Vaccine operations Central Provinces 1868-1885 - 1868-1885
Year: 1868
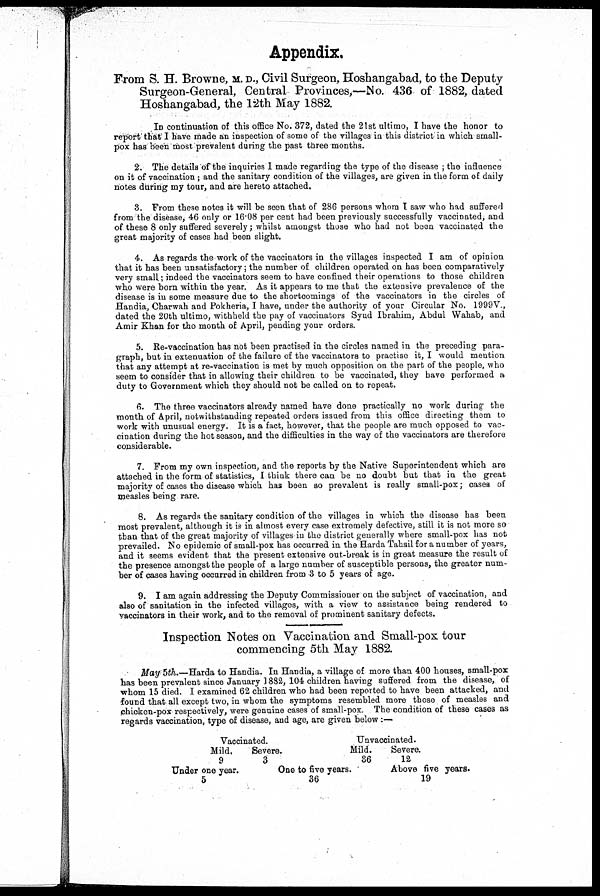
Appendix.
From S. H. Browne, M. D., Civil Surgeon, Hoshangabad, to the Deputy
Surgeon-General, Central Provinces,—No. 436 of 1882, dated
Hoshangabad, the 12th May 1882.
IN continuation of this office No. 372, dated the 21st ultimo, I have the honor to
report that I have made an inspection of some of the villages in this district in which small-
pox has been most prevalent during the past three months.
2. The details of the inquiries I made regarding the type of the disease ; the influence
on it of vaccination ; and the sanitary condition of the villages, are given in the form of daily
notes during my tour, and are hereto attached.
3. From these notes it will be seen that of 286 persons whom I saw who had suffered
from the disease, 46 only or 16.08 per cent had been previously successfully vaccinated, and
of these 8 only suffered severely; whilst amongst those who had not been vaccinated the
great majority of cases had been slight.
4. As regards the work of the vaccinators in the villages inspected I am of opinion
that it has been unsatisfactory; the number of children operated on has been comparatively
very small; indeed the vaccinators seem to have confined their operations to those children
who were born within the year. As it appears to me that the extensive prevalence of the
disease is in some measure due to the shortcomings of the vaccinators in the circles of
Handia, Charwah and Pokheria, I have, under the authority of your Circular No. 1999V.,
dated the 20th ultimo, withheld the pay of vaccinators Syud Ibrahim, Abdul Wahab, and
Amir Khan for the month of April, pending your orders.
5. Re-vaccination has not been practised in the circles named in the preceding para-
graph, but in extenuation of the failure of the vaccinators to practise it, I would mention
that any attempt at re-vaccination is met by much opposition on the part of the people, who
seem to consider that in allowing their children to be vaccinated, they have performed a
duty to Government which they should not be called on to repeat.
6. The three vaccinators already named have done practically no work during the
month of April, notwithstanding repeated orders issued from this office directing them to
work with unusual energy. It is a fact, however, that the people are much opposed to vac-
cination during the hot season, and the difficulties in the way of the vaccinators are therefore
considerable.
7. From my own inspection, and the reports by the Native Superintendent which are
attached in the form of statistics, I think there can be no doubt but that in the great
majority of cases the disease which has been so prevalent is really small-pox; cases of
measles being rare.
8. As regards the sanitary condition of the villages in which the disease has been
most prevalent, although it is in almost every case extremely defective, still it is not more so
than that of the great majority of villages in the district generally where small-pox has not
prevailed. No epidemic of small-pox has occurred in the Harda Tahsil for a number of years,
and it seems evident that the present extensive out-break is in great measure the result of
the presence amongst the people of a large number of susceptible persons, the greater num-
ber of cases having occurred in children from 3 to 5 years of age.
9. I am again addressing the Deputy Commissioner on the subject of vaccination, and
also of sanitation in the infected villages, with a view to assistance being rendered to
vaccinators in their work, and to the removal of prominent sanitary defects.
Inspection Notes on Vaccination and Small-pox tour
commencing 5th May 1882.
May 5th.—Harda to Handia. In Handia, a village of more than 400 houses, small-pox
has been prevalent since January 1882, 104 children having suffered from the disease, of
whom 15 died. I examined 62 children who had been reported to have been attacked, and
found that all except two, in whom the symptoms resembled more those of measles and
chicken-pox respectively, were genuine cases of small-pox. The condition of these cases as
regards vaccination, type of disease, and age, are given below:—
Vaccinated.
Mild.
9
Under
one year.
5
Severe.
3
Unvaccinated.
Mild.
36
One to five years.
36
Severe.
12
Above five years.
19